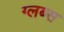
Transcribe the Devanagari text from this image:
ग्लब्स